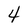
Character: 4